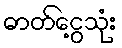
ဓာတ်ငွေ့သုံး